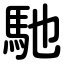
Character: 馳